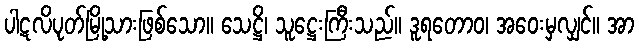
ပါဋလိပုတ်မြို့သားဖြစ်သော။ သေဋ္ဌိ၊ သူဋ္ဌေးကြီးသည်။ ဒူရတောဝ၊ အဝေးမှလျှင်။ အာ